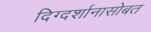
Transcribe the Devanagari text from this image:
दिग्दर्शानासोबत